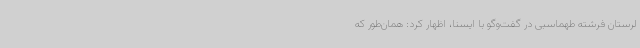
لرستان فرشته طهماسبی در گفت‌وگو با ایسنا، اظهار کرد: همان‌طور که